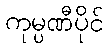
ကုမ္ပဏီပိုင်